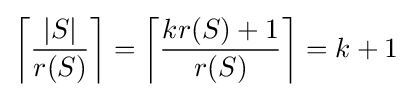
\left\lceil {\frac {|S|}{r(S)}}\right\rceil =\left\lceil {\frac {kr(S)+1}{r(S)}}\right\rceil =k+1